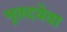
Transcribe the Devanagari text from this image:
भूतदयेचा